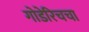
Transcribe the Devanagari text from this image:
गोडेरिचचा